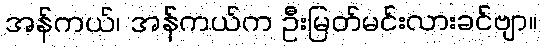
အန်ကယ်၊ အန်ကယ်က ဦးမြတ်မင်းလားခင်ဗျာ။